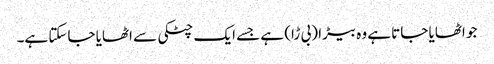
جو اٹھایا جاتا ہے وہ بیڑا (بی ڑا) ہے جسے ایک چٹکی سے اٹھایا جاسکتا ہے۔